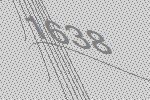
1638